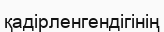
қадірленгендігінің